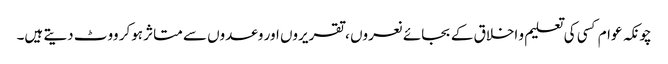
چونکہ عوام کسی کی تعلیم و اخلاق کے بجائے نعروں ، تقریروں اور وعدوں سے متاثر ہوکر ووٹ دیتے ہیں۔